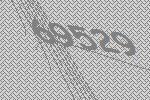
69529